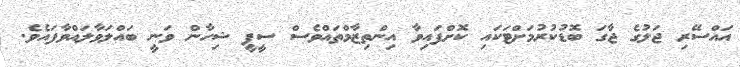
އައްސޭރި ޖަލުގެ ޖާގަ ބޮޑުކުރުމަށްޓަކައި ކޮށްފައިވާ އިންތިޒާމްތައްވެސް ސީޕީ ޝިހާން ވަނީ ބައްލަވާލައްވާފައެވެ.